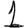
Digit: 1